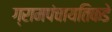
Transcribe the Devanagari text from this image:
ग्रामपंचायतिकडे